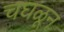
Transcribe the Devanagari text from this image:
चघळून